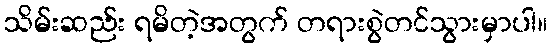
သိမ်းဆည်း ရမိတဲ့အတွက် တရားစွဲတင်သွားမှာပါ။